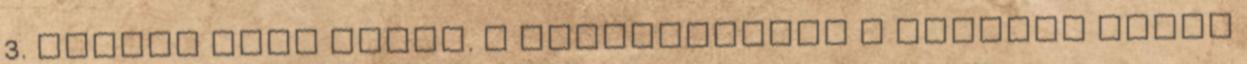
3. helyen záró német. A bajnokságban a Ferrari előtt